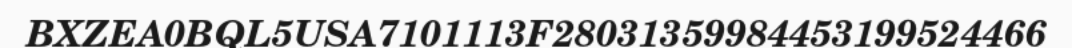
BXZEA0BQL5USA7101113F28031359984453199524466